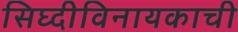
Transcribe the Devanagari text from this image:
सिघ्दीविनायकाची